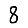
Digit: 8